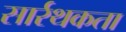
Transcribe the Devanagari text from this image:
सार्रथकता